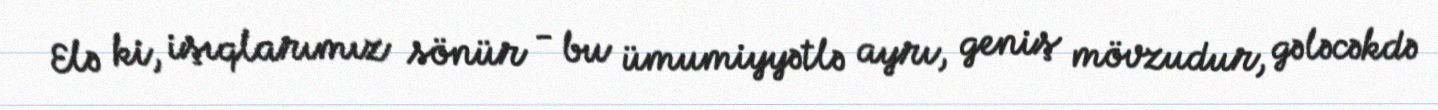
Elə ki, işıqlarımız sönür - bu ümumiyyətlə ayrı, geniş mövzudur, gələcəkdə